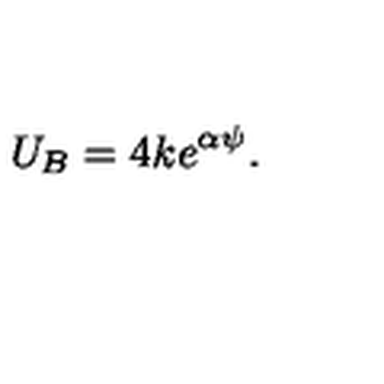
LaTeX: U _ { B } = 4 k e ^ { \alpha \psi } .